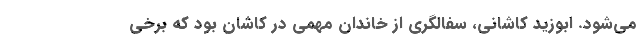
می‌شود. ابوزید کاشانی، سفالگری از خاندان مهمی در کاشان بود که برخی